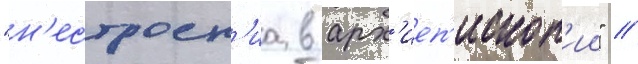
"н'естроен'иа в арх'иеп'ископ'ии" /